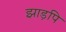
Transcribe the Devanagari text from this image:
झाड़पि